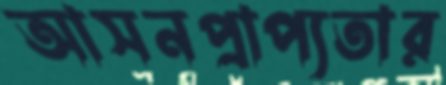
আসনপ্রাপ্যতার